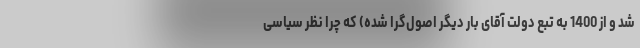
شد و از 1400 به تبع دولت آقای بار دیگر اصول‌گرا شده) که چرا نظر سیاسی